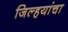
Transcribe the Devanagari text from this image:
जिल्हयांचा